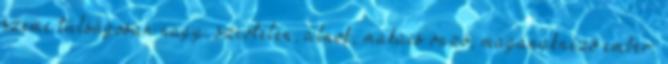
szeme túlságosan nagy, szívtelen, álnok, makacs önző, magánaknéző ember.